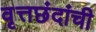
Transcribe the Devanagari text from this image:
वृत्तछंदांची